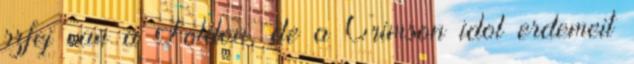
szfej van a Foldon, de a Crimson idol erdemeit